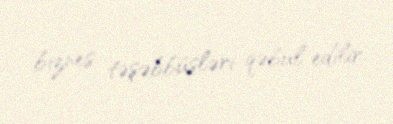
biznes təşəbbüsləri qəbul edilir.